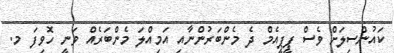
ކައުންސިލަށް ވެސް ޕީޕީއެމް ދެ މެންބަރުންނާއި އަމިއްލަ މެންބަރެއް ވަނީ ހޮވިފަ މ.